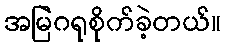
အမြဲဂရုစိုက်ခဲ့တယ်။